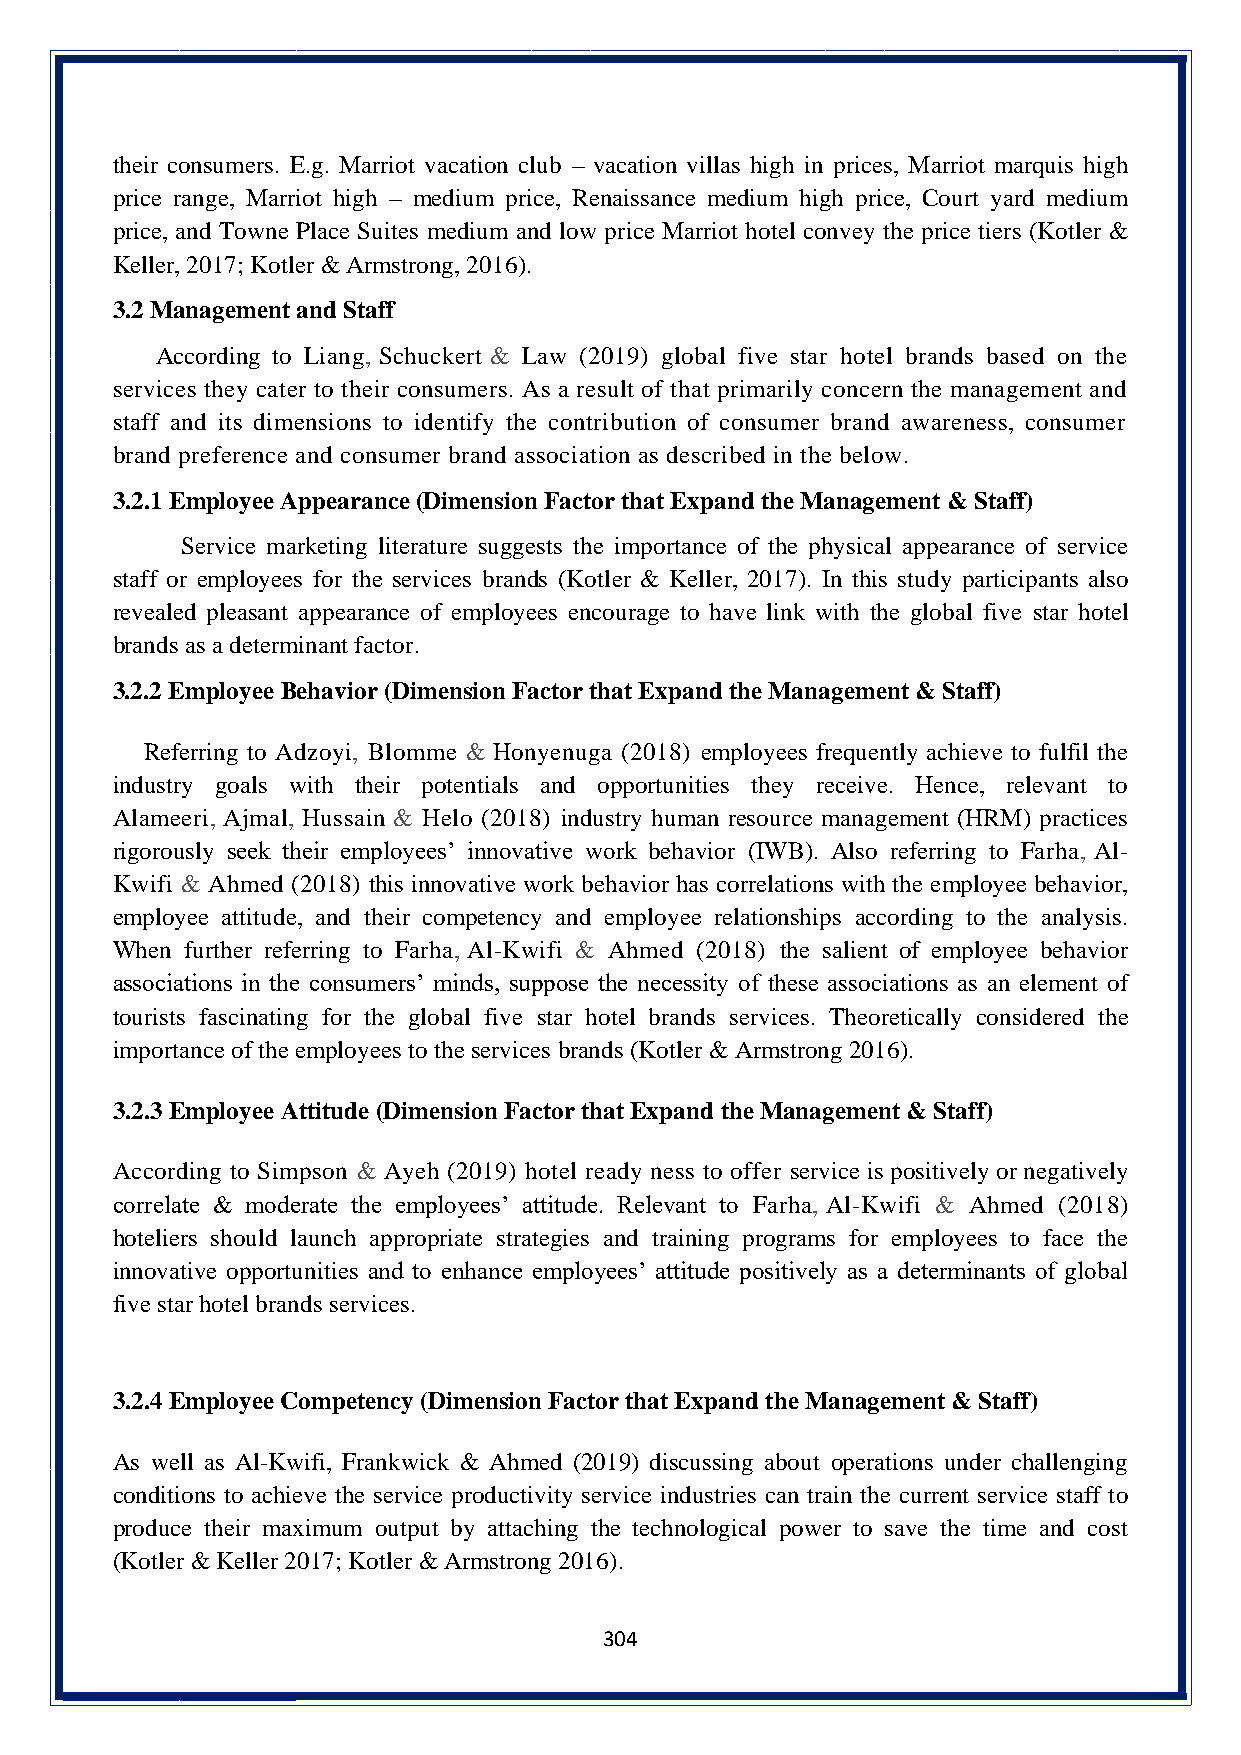
their consumers. E.g. Marriot vacation club – vacation villas high in prices, Marriot marquis high
 price range, Marriot high – medium price, Renaissance medium high price, Court yard medium
 price, and Towne Place Suites medium and low price Marriot hotel convey the price tiers (Kotler &
 Keller, 2017; Kotler & Armstrong, 2016).
 3.2 Management and Staff
 According to Liang, Schuckert & Law (2019) global five star hotel brands based on the
 services they cater to their consumers. As a result of that primarily concern the management and
 staff and its dimensions to identify the contribution of consumer brand awareness, consumer
 brand preference and consumer brand association as described in the below.
 3.2.1 Employee Appearance (Dimension Factor that Expand the Management & Staff)
 Service marketing literature suggests the importance of the physical appearance of service
 staff or employees for the services brands (Kotler & Keller, 2017). In this study participants also
 revealed pleasant appearance of employees encourage to have link with the global five star hotel
 brands as a determinant factor.
 3.2.2 Employee Behavior (Dimension Factor that Expand the Management & Staff)
 Referring to Adzoyi, Blomme & Honyenuga (2018) employees frequently achieve to fulfil the
 industry goals with their potentials and opportunities they receive. Hence, relevant to
 Alameeri, Ajmal, Hussain & Helo (2018) industry human resource management (HRM) practices
 rigorously seek their employees’ innovative work behavior (IWB). Also referring to Farha, Al-
 Kwifi & Ahmed (2018) this innovative work behavior has correlations with the employee behavior,
 employee attitude, and their competency and employee relationships according to the analysis.
 When further referring to Farha, Al-Kwifi & Ahmed (2018) the salient of employee behavior
 associations in the consumers’ minds, suppose the necessity of these associations as an element of
 tourists fascinating for the global five star hotel brands services. Theoretically considered the
 importance of the employees to the services brands (Kotler & Armstrong 2016).
 3.2.3 Employee Attitude (Dimension Factor that Expand the Management & Staff)
 According to Simpson & Ayeh (2019) hotel ready ness to offer service is positively or negatively
 correlate & moderate the employees’ attitude. Relevant to Farha, Al-Kwifi & Ahmed (2018)
 hoteliers should launch appropriate strategies and training programs for employees to face the
 innovative opportunities and to enhance employees’ attitude positively as a determinants of global
 five star hotel brands services.
 3.2.4 Employee Competency (Dimension Factor that Expand the Management & Staff)
 As well as Al-Kwifi, Frankwick & Ahmed (2019) discussing about operations under challenging
 conditions to achieve the service productivity service industries can train the current service staff to
 produce their maximum output by attaching the technological power to save the time and cost
 (Kotler & Keller 2017; Kotler & Armstrong 2016).
 304